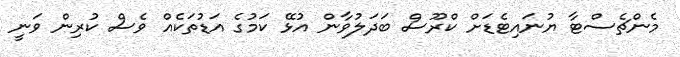
މެންޗެސްޓާ ޔުނައިޓެޑަށް ކްރޫސް ބަދަލުވާން އުޅޭ ކަމުގެ އަޑުތަކެއް ވެސް ކުރިން ވަނީ